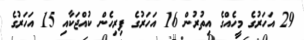
29 އަހަރުގެ މީހެއްގެ އިތުރުން 16 އަހަރުގެ ފިރިހެން ކުއްޖަކާއި 15 އަހަރުގެ